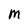
Character: M